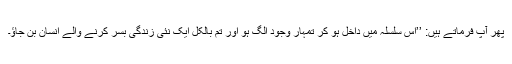
پھر آپ فرماتے ہیں: ’’اس سلسلہ میں داخل ہو کر تمہار وجود الگ ہو اور تم بالکل ایک نئی زندگی بسر کرنے والے انسان بن جاؤ۔